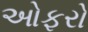
ઓફરો